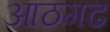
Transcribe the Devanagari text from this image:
आठगढ